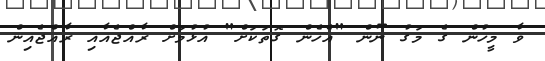
ވާ މީހުން ގެ މަގު ނޫން "އެހެން ގޮތަކަށް" އުޅުމަށް ރާއްޖެއާއި ރާއްޖެއިން